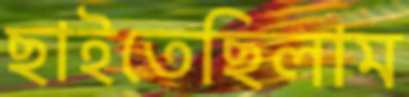
ছাইতেছিলাম